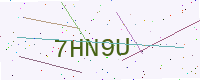
Text: 7HN9U